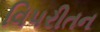
વિપરીતન